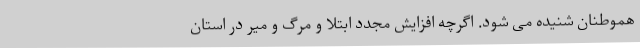
هموطنان شنیده می شود. اگرچه افزایش مجدد ابتلا و مرگ و میر در استان